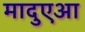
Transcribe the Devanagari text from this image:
मादुएआ